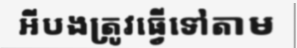
អីបងត្រូវធ្វើទៅតាម